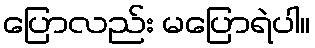
ပြောလည်း မပြောရဲပါ။